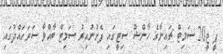
ޕީ ޖީ20 ސަމިޓް ޗައިނާގެ ހާންޝޫ ސިޓީގައި ފެށުނުއިރު ސަމިޓް ބާއްވާ ސަރަހައްދުގައި